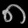
Digit: ၈